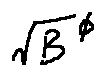
\sqrt { B } ^ { \phi }